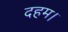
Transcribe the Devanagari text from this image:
दहम।